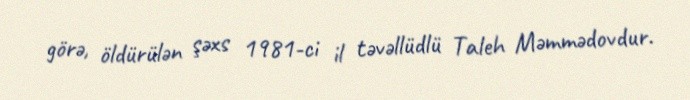
görə, öldürülən şəxs 1981-ci il təvəllüdlü Taleh Məmmədovdur.